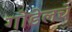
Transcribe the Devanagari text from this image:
गोडेलचे